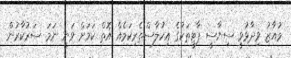
މުއާޒު ވިދާޅުވީ ސިޔާސީ ޕާޓީތަކުގެ އިހުލާސްތެރިކަމެއް އޮތް ކަމަށް ވަނީ ނަމަ ސަރުކާރުން